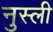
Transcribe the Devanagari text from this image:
नुस्ली